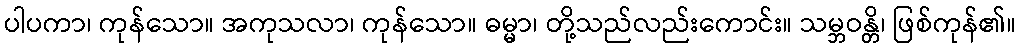
ပါပကာ၊ ကုန်သော။ အကုသလာ၊ ကုန်သော။ ဓမ္မာ၊ တို့သည်လည်းကောင်း။ သမ္ဘဝန္တိ၊ ဖြစ်ကုန်၏။